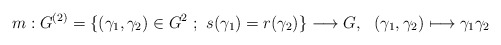
\begin{align*} m : G^{(2)}=\{(\gamma_1,\gamma_2)\in G^2\ ;\ s(\gamma_1)=r(\gamma_2)\}\longrightarrow G, \ \ (\gamma_1,\gamma_2)\longmapsto \gamma_1\gamma_2 \end{align*}